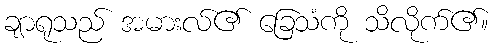
ချာရုသည် အမားလ်၏ ခြေသံကို သိလိုက်၏။